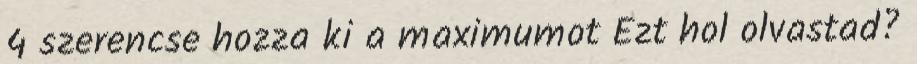
4 szerencse hozza ki a maximumot Ezt hol olvastad?